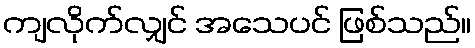
ကျလိုက်လျှင် အသေပင် ဖြစ်သည်။